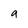
Character: 9